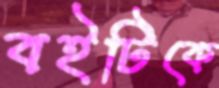
বইটিকে